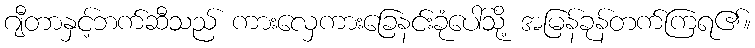
ဂျီတာနှင့်ဘက်ဆီသည် ကားလှေကားခြေနင်းခုံပေါ်သို့ အမြန်ခုန်တက်ကြရ၏။